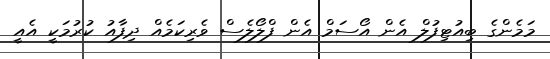
މަމެންގެ ބިއުޓިފުލް އެން އޯސަމް އެން ފްލޯލެސް ވެރިކަމެއް ދިފާއު ކުރުމަކީ އެއީ